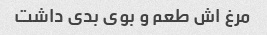
مرغ اش طعم و بوی بدی داشت